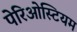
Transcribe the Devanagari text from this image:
पेरिओस्टियम